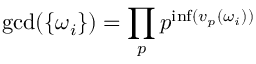
\displaystyle \gcd ( \{ \omega _ { i } \} ) \displaystyle = \prod _ { p } p ^ { \operatorname* { i n f } ( v _ { p } ( \omega _ { i } ) ) }